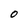
Character: O